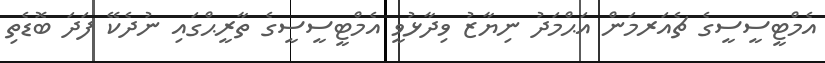
އެމްޓީސީސީގެ ޗެއަރމަން އަޙްމަދު ނިޔާޒު ވިދާޅުވީ އެމްޓީސީސީގެ ތާރީޙްގައި ނުދެކޭ ފަދަ ބޮޑެތި